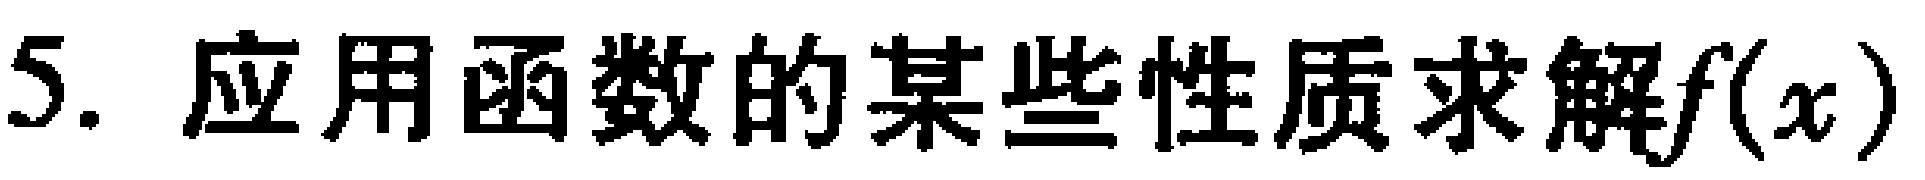
5. 应用函数的某些性质求解\(f(x)\)